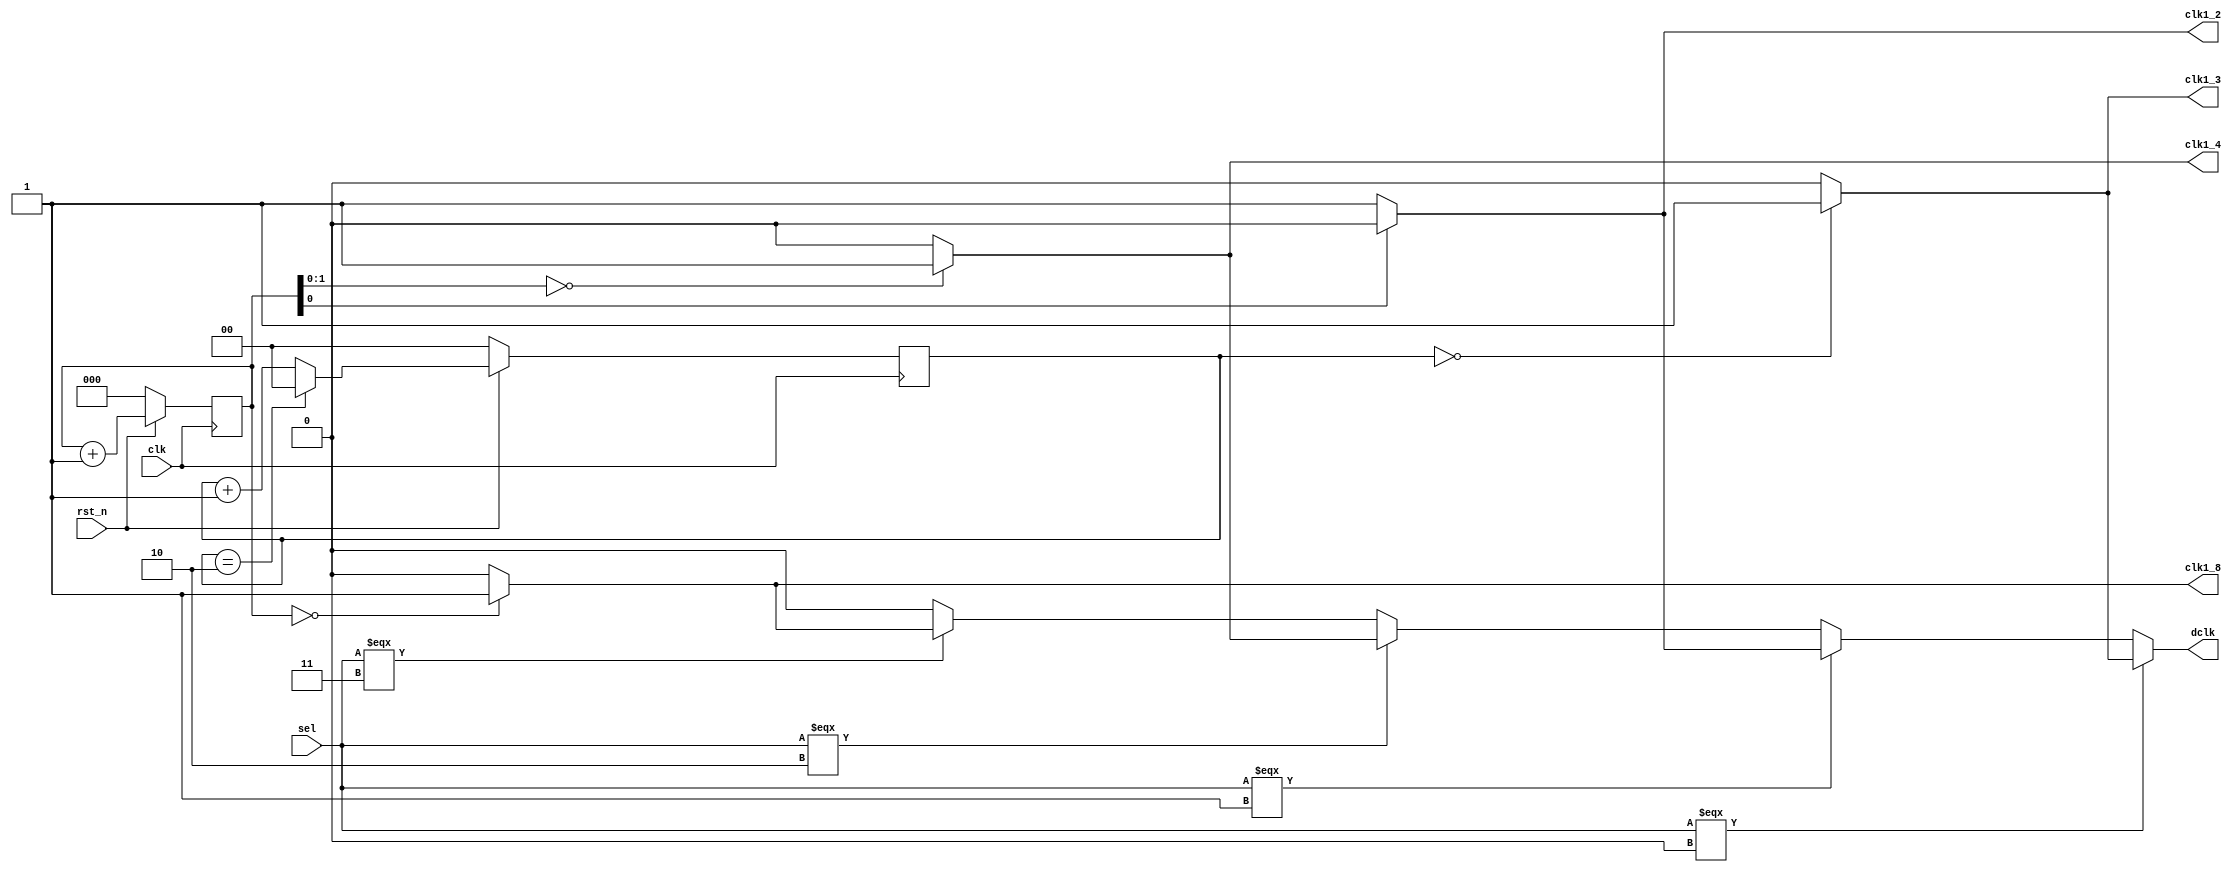
`timescale 1ns/1ps

module Clock_Divider (clk, rst_n, sel, clk1_2, clk1_4, clk1_8, clk1_3, dclk);
input clk, rst_n;
input [1:0] sel;
output reg clk1_2;
output reg clk1_4;
output reg clk1_8;
output reg clk1_3;
output reg dclk;

reg [3-1:0] num = 0;
wire[3-1:0] nxt_num;
reg [2-1:0] num3 = 0;
wire [2-1:0] nxt_num3;

    always @(posedge clk) begin
        if(rst_n == 1'b0) begin
            num <= 3'b000;
            num3 <= 2'b00;
        end
        else begin
            num <= nxt_num;
            num3 <= nxt_num3;
        end
    end
    assign nxt_num = num+1;
    assign nxt_num3 = (num3==2'b10)?2'b00:(num3+1);

    always @(*) begin
        
            if(num[0] == 1'b0) begin
                clk1_2 = 1;
            end
            else begin
                clk1_2 = 0;
            end

            if(num[1:0] == 2'b00) begin
                clk1_4 = 1;
            end
            else begin
                clk1_4 = 0;
            end

            if(num == 3'b000) begin
                clk1_8 = 1;
            end
            else begin
                clk1_8 = 0;
            end

            if(num3 == 2'b00) begin
                clk1_3 = 1;
            end
            else begin
                clk1_3 = 0;
            end


    end

    always @(*) begin
        // if(rst_n === 1'b0) begin
        //     dclk = 1'b0;
        // end
        // else begin
            if(sel === 2'b00) begin
                dclk = clk1_3; 
            end
            else if(sel === 2'b01) begin
                dclk = clk1_2;
            end
            else if(sel === 2'b10) begin
                dclk = clk1_4;
            end
            else if(sel === 2'b11) begin
                dclk = clk1_8;
            end
            else begin
                dclk = 1'b0;
            end
        // end
        
    end

endmodule